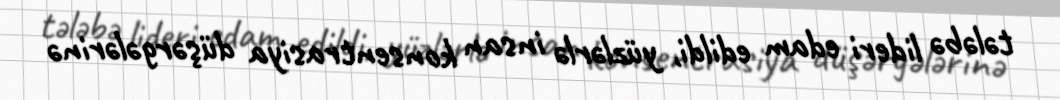
tələbə lideri edam edildi, yüzlərlə insan konsentrasiya düşərgələrinə